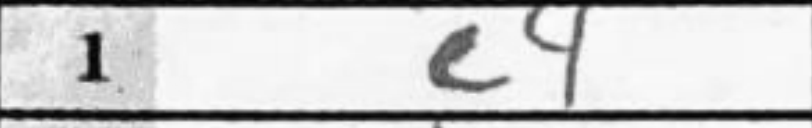
Transcription: e4